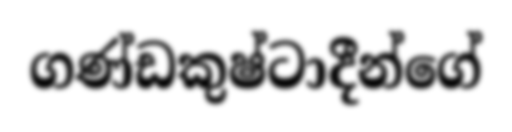
ගණ්ඩකුෂ්ටාදීන්ගේ